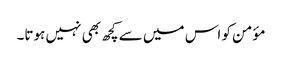
مؤمن کو اس میں سے کچھ بھی نہیں ہوتا۔